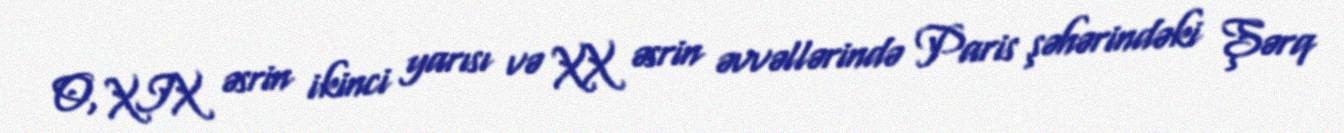
O, XIX əsrin ikinci yarısı və XX əsrin əvvəllərində Paris şəhərindəki Şərq